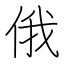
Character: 俄